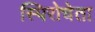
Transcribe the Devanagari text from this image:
स्पिरोचेता